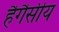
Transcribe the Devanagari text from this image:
हैगैसीय